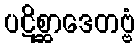
ပဋိစ္ဆာဒေတဗ္ဗံ